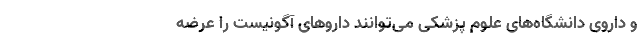
و داروی دانشگاه‌های علوم پزشکی می‌توانند دارو‌های آگونیست را عرضه